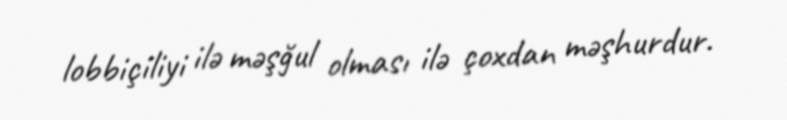
lobbiçiliyi ilə məşğul olması ilə çoxdan məşhurdur.